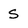
Character: S